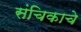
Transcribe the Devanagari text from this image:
संचिकाचे